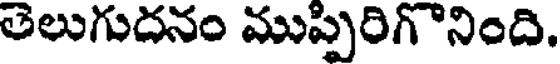
తెలుగుదనం ముప్పిరిగొనింది.